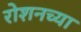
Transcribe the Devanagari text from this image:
रोशनच्या